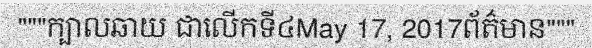
"""ក្បាលឆាយ ជាលើកទី៤May 17, 2017ព័ត៌មាន"""